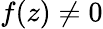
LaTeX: f(z)\neq 0